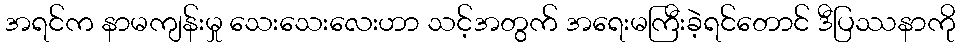
အရင်က နာမကျန်းမှု သေးသေးလေးဟာ သင့်အတွက် အရေးမကြီးခဲ့ရင်တောင် ဒီပြဿနာကို